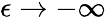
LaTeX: \epsilon\rightarrow-\infty